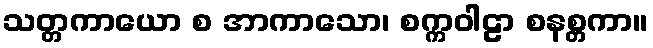
သတ္တကာယော စ အာကာသော၊ စက္ကဝါဠာ စနစ္တကာ။